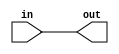
module extend_to_32bits (
  input wire [31:0] in, // pode variar de 1 a 16 bits, n sei se funciona.
  output wire [31:0] out
);

  assign out = in;

endmodule